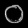
Digit: ၀